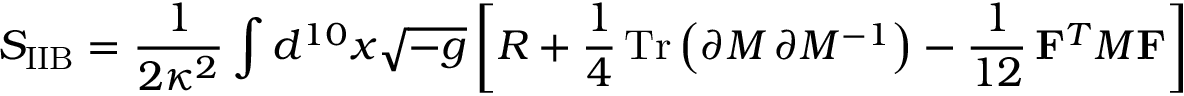
S _ { \mathrm { I I B } } = \frac { 1 } { 2 \kappa ^ { 2 } } \int d ^ { 1 0 } x \sqrt { - g } \left[ R + \frac { 1 } { 4 } \, \mathrm { T r } \left( \partial { \cal { M } } \, \partial { \cal { M } } ^ { - 1 } \right) - \frac { 1 } { 1 2 } \, { \bf F } ^ { T } { \cal { M } } { \bf F } \right]